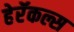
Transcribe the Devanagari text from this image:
हेरॅकल्स